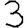
Digit: 3